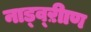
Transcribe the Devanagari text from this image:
नाड्व्ऱीाण